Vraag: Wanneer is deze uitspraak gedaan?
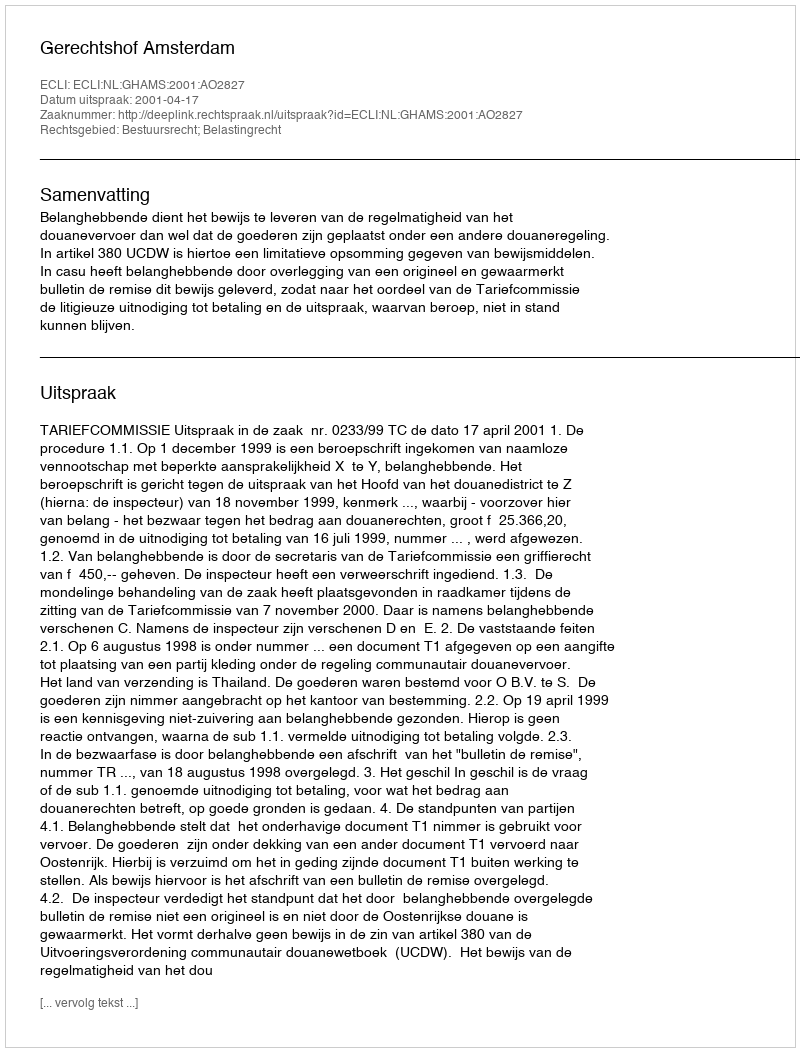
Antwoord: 2001-04-17